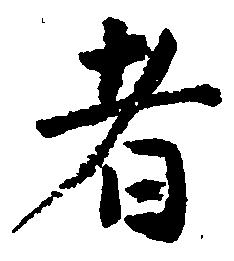
者